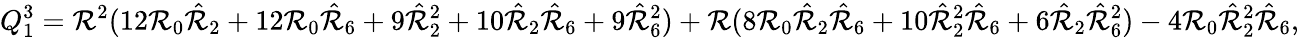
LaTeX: Q_{1}^{3}=\mathcal{R}^{2}(12\mathcal{R}_{0}\hat{{\mathcal{R}}}_{2}+12\mathcal{R}_{0}\hat{{\mathcal{R}}}_{6}+9\hat{{\mathcal{R}}}_{2}^{2}+10\hat{{\mathcal{R}}}_{2}\hat{{\mathcal{R}}}_{6}+9\hat{{\mathcal{R}}}_{6}^{2})+\mathcal{R}(8\mathcal{R}_{0}\hat{{\mathcal{R}}}_{2}\hat{{\mathcal{R}}}_{6}+10\hat{{\mathcal{R}}}_{2}^{2}\hat{{\mathcal{R}}}_{6}+6\hat{{\mathcal{R}}}_{2}\hat{{\mathcal{R}}}_{6}^{2})-4\mathcal{R}_{0}\hat{{\mathcal{R}}}_{2}^{2}\hat{{\mathcal{R}}}_{6},